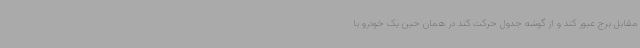
مقابل برج عبور کند و از گوشه جدول حرکت کند در همان حین یک خودرو با